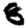
Digit: 8